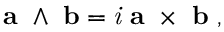
\mathbf { a } \ \wedge \ \mathbf { b } = { \mathit { i } } \ \mathbf { a } \ \times \ \mathbf { b } \ ,